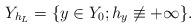
LaTeX: \begin{align*}Y_{h_L} =\{y\in Y_0; h_{y}\not\equiv +\infty \}. \end{align*}